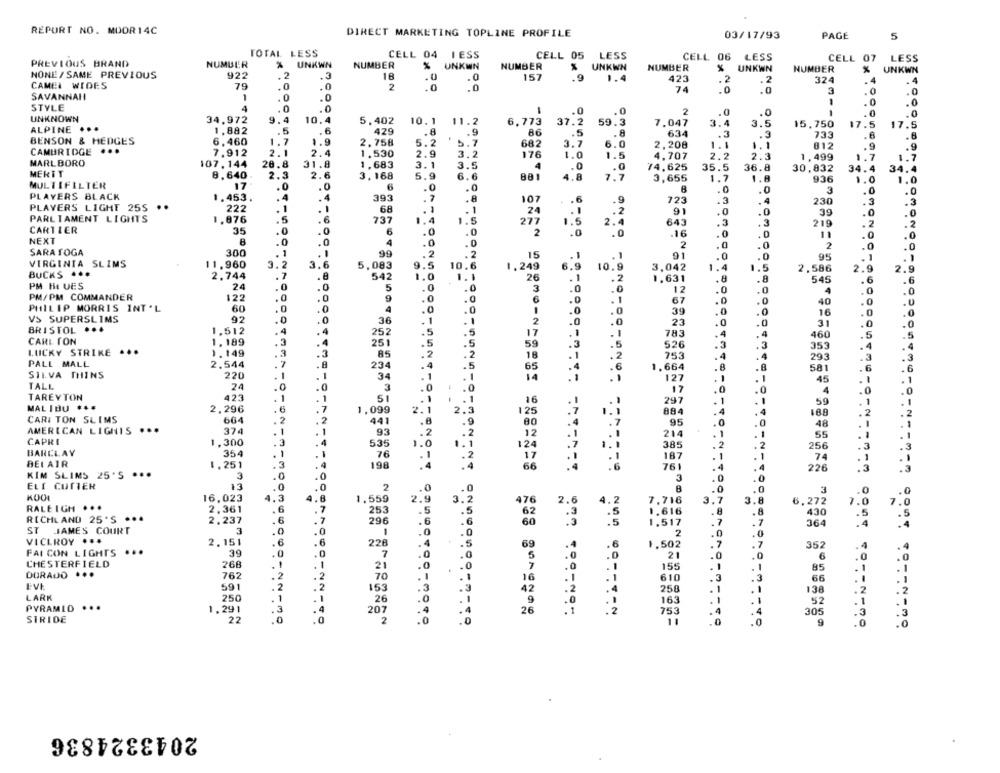
REPORT NO. MUDR14C
DIRECT MARKETING TOPLINE PROFILE
03/17/93
PAGE
5
TOTAL LESS
CELL 04
I ESS
CELL 05
LESS
PREVIOUS BRAND
CELL 06
LESS
CELL 07
LESS
NUMBER
%
UNKWN
NUMBER
%
UNKWN
NUMBER
UNKWN
NUMBER
UNKWN
NUMBER
UNKWN
NONE/ SAME PREVIOUS
922
.3
16
.0
.0
157
1.4
423
CAMEL WIDES
79
.0
.0
.2
.2
324
. 4
2
.0
.0
74
.0
.0
3
.0
SAVANNAH
1
.0
STYLE
4
.0
.0
.C
2
.0
.0
UNKNOWN
34,972
9.4
10.4
5,402
10.1
11.2
6,773
37.2
59.3
7.047
-
3.5
15,750
17.5
17.5
ALPINE
1.882
.6
429
.8
.9
86
.5
BENSON & HEDGES
634
3
. 3
733
.8
6,460
1.7
1.9
2.758
5.2
5.7
682
3.7
6.0
2,208
-
-
1.1
812
. 9
.9
CAMBRIDGE ...
7.912
2.1
2.4
1.530
2.9
3.2
176
1.0
1.5
4.707
2.2
2.3
1.7
MARLBORO
1,499
1.7
107. 144
28.8
31.8
1.683
3.1
3.5
4
.0
74.625
35.5
36.8
30,832
34.4
34.4
MERTT
8,640
2.3
2.6
3.168
5.9
6.6
881
4.8
7.7
3,655
1.7
1.8
936
1.0
1.0
MULTIFILTER
17
.0
6
.0
.0
. 0
.0
.0
.0
PLAYERS BLACK
1.453.
393
. 7
.8
107
.6
.9
723
.3
. 4
230
.3
.3
PLAYERS LIGHT 25S
222
1
68
91
.0
.1
24
:2
.0
39
.0
.0
PARLIAMENT LIGHTS
1.876
.5
.6
737
1.5
277
1.5
2.4
643
.3
219
.2
CARTIER
35
.0
. 0
6
.0
.0
2
.0
.16
NEXT
B
.0
.0
.0
.0
4
0
2
.0
2
.0
.0
SARATOGA
300
. 1
. 1
99
2
.2
15
.1
91
.0
95
VIRGINIA SLIMS
3.2
3.6
. 1
.)
11,960
5,083
9.
10.6
1.249
6.9
10.9
3,042
1.4
2,586
2.9
2.9
BUCKS ..
2.744
.8
542
.0
1.1
26
.1
1,631
. 8
545
.6
PM BLUES
24
.0
5
0
.2
. 6
3
.0
0
12
4
0
.0
PM/PM COMMANDER
122
9
.0
67
.0
.0
40
.0
PHILIP MORRIS INT'L
60
0
4
.1
39
.0
.0
VS SUPERSLIMS
92
16
.0
.0
.0
36
2
23
.0
.0
31
.0
BRISTOL
1,512
.4
4
252
17
.1
783
4
460
CARL TON
.3
4
5
. 1
.5
1.189
251
59
.3
.5
526
3
353
.4
LUCKY STRIKE ...
1.149
85
18
.1
753
293
.3
3
PALL MALL
2.544
234
4
.5
.2
65
.4
.6
1.664
8
581
.6
.6
SILVA THINS
220
1
34
14
. 1
127
45
.1
.
-
TALL
24
3
.0
.0
17
.0
4
.0
TAREYTON
423
1
1
51
.1
.1
16
297
59
1
is - is - - in :
MALIBU ...
2,296
1,099
2.1
2.3
884
2
125
189
.2
CARI TON SLIMS
664
2
441
.8
80
.7
95
48
. 1
AMERICAN LIGHTS ...
374
1
-
95
.2
.2
12
214
55
CAPRI
3
1,300
535
1.0
124
385
256
.3
BARCLAY
354
76
17
187
74
1
BEL AIR
1.251
3
198
.4
.4
66
761
226
.3
KIM SLIMS 25'S ...
3
ELI CUTTER
13
2
0
8
3
.0
16,023
.3
1.559
2.9
3.2
476
2.6
7,718
7.0
RALEIGH ...
2.361
6
253
5
4.2
7.0
RICHLAND 25'S .
6
62
430
2.237
296
.6
60
1,517
364
ST JAMES COURT
3
1
. 0
2
VICLROY ..
2.151
226
-
.5
69
.6
1,502
352
FAI CON LIGHTS ...
30
7
.
2
6
CHESTERFIELD
268
...
21
.0
155
85
DURADO
762
70
-
16
610
66
.1
591
2
.2
153
42
LARK
1
.3
.3
258
138
250
26
.0
9
163
52
PYRAMID
...
1.291
207
26
753
305
STRIDE
22
0
2
11
2043324836